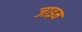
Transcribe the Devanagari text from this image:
जाइम